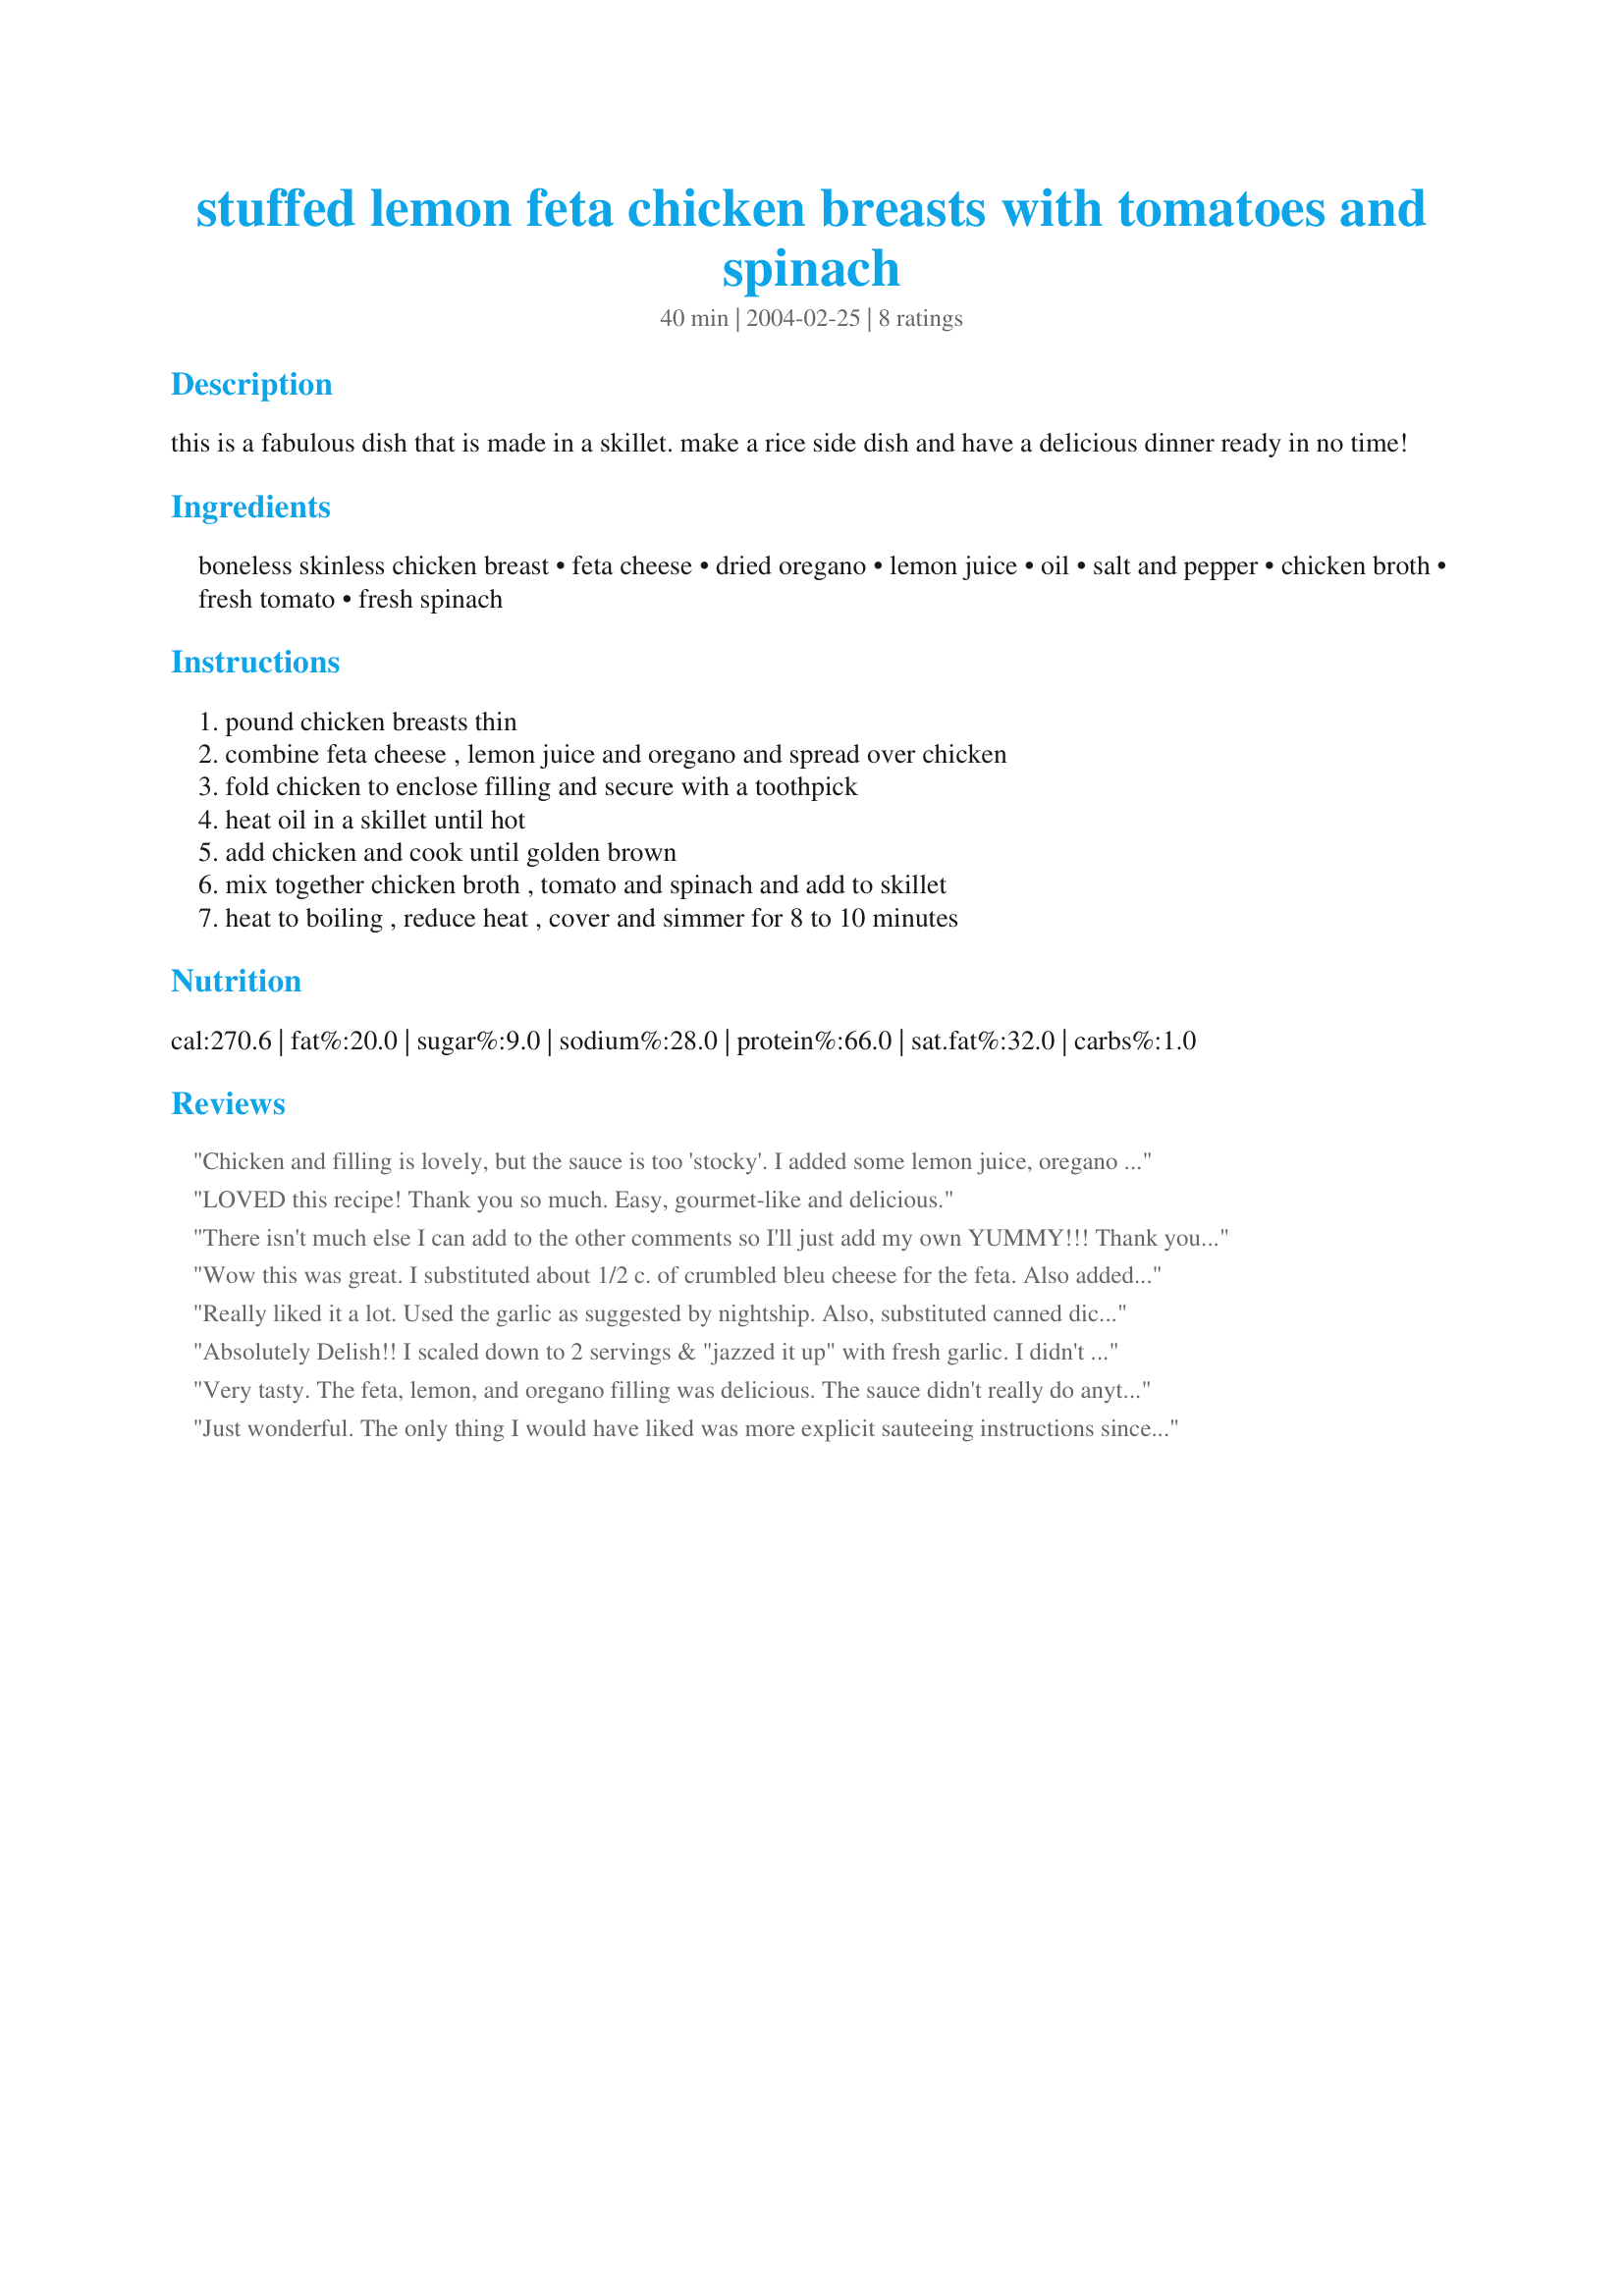
stuffed lemon feta chicken breasts with tomatoes and spinach
Preparation time: 40 minutes

this is a fabulous dish that is made in a skillet. make a rice side dish and have a delicious dinner ready in no time!

Ingredients:
boneless skinless chicken breast, feta cheese, dried oregano, lemon juice, oil, salt and pepper, chicken broth, fresh tomato, fresh spinach

Steps:
pound chicken breasts thin, combine feta cheese , lemon juice and oregano and spread over chicken, fold chicken to enclose filling and secure with a toothpick, heat oil in a skillet until hot, add chicken and cook until golden brown, mix together chicken broth , tomato and spinach and add to skillet, heat to boiling , reduce heat , cover and simmer for 8 to 10 minutes

Reviews:
Chicken and filling is lovely, but the sauce is too 'stocky'. I added some lemon juice, oregano and tomato paste to the sauce, and it was much better. Garlic would also give the sauce more flavour.
LOVED this recipe! Thank you so much. Easy, gourmet-like and delicious.
There isn't much else I can add to the other comments so I'll just add my own YUMMY!!! Thank you Marie. Chicken breasts are usually dry but these were moist and delicious!
Wow this was great. I substituted about 1/2 c. of crumbled bleu cheese for the feta. Also added some minced fresh garlic and chopped scallion after browning the chicken bundles and before adding the stock, tomatoes and spinach. This looked beautiful on the platter and tasted marvelous. Ripe summer tomatoes took it over the top. Yum, yum!
Really liked it a lot. Used the garlic as suggested by nightship. Also, substituted canned diced tomatoes, drained.
Absolutely Delish!! I scaled down to 2 servings & "jazzed it up" with fresh garlic. I didn't want to drive to town for 1/2 cup of fresh spinach so I used frozen - a ricer works very well to eliminate the liquid. We really enjoyed the sauce with plain steamed white rice. Another winner Marie - thanx!
Very tasty. The feta, lemon, and oregano filling was delicious. The sauce didn't really do anything for me; next time I might add a bit of garlic to jazz it up. I will definitely make this again (and it's low carb too)!
Just wonderful. The only thing I would have liked was more explicit sauteeing instructions since my chicken was slightly overcooked since I was eyeballing the doneness. Nontheless....heavenly. Will make again.
